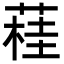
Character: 蓕